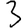
Digit: 3